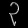
Digit: ၃